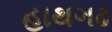
હાથગઢ